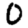
Digit: 0